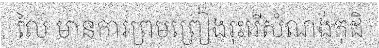
លៃ មានការព្រមព្រៀងរុះរើសំណង់កុដិ